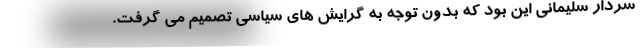
سردار سلیمانی این بود که بدون توجه به گرایش های سیاسی تصمیم می گرفت.